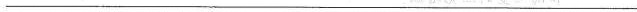
___